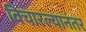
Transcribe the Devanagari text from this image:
विचारल्यानंतर